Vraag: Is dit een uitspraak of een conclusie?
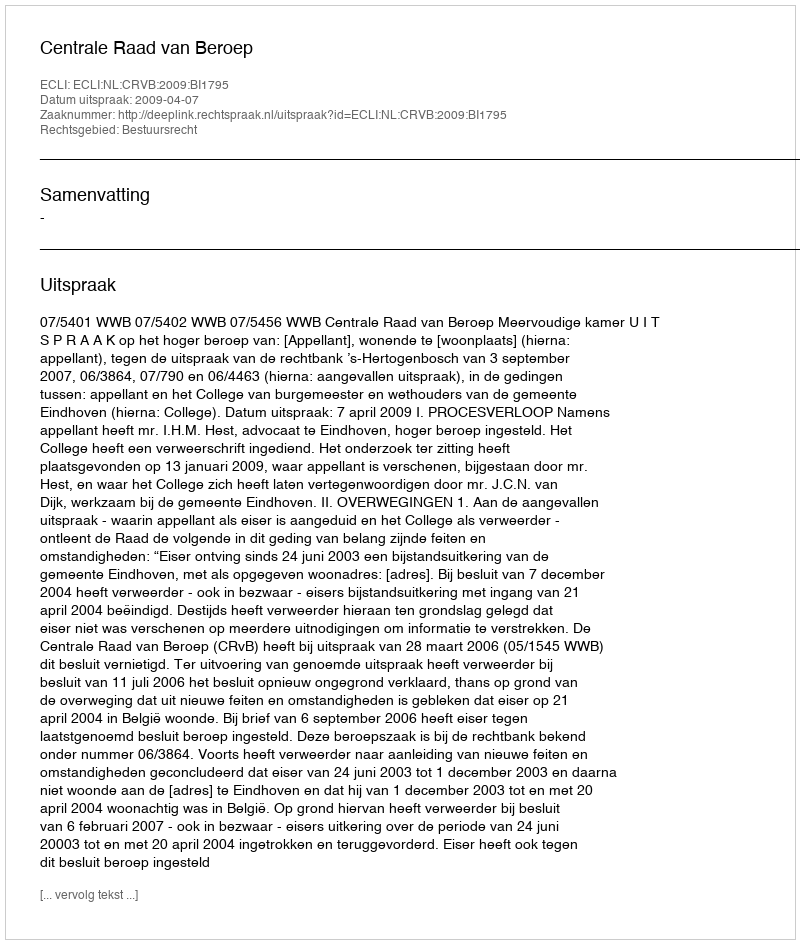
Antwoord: Uitspraak